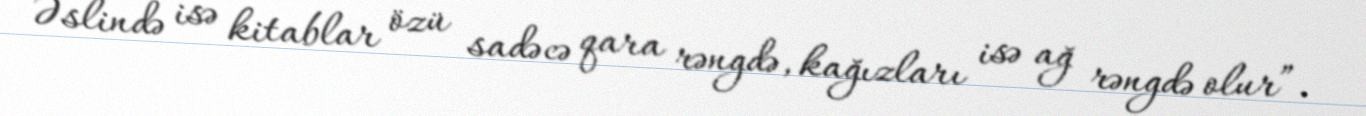
Əslində isə kitablar özü sadəcə qara rəngdə, kağızları isə ağ rəngdə olur”.